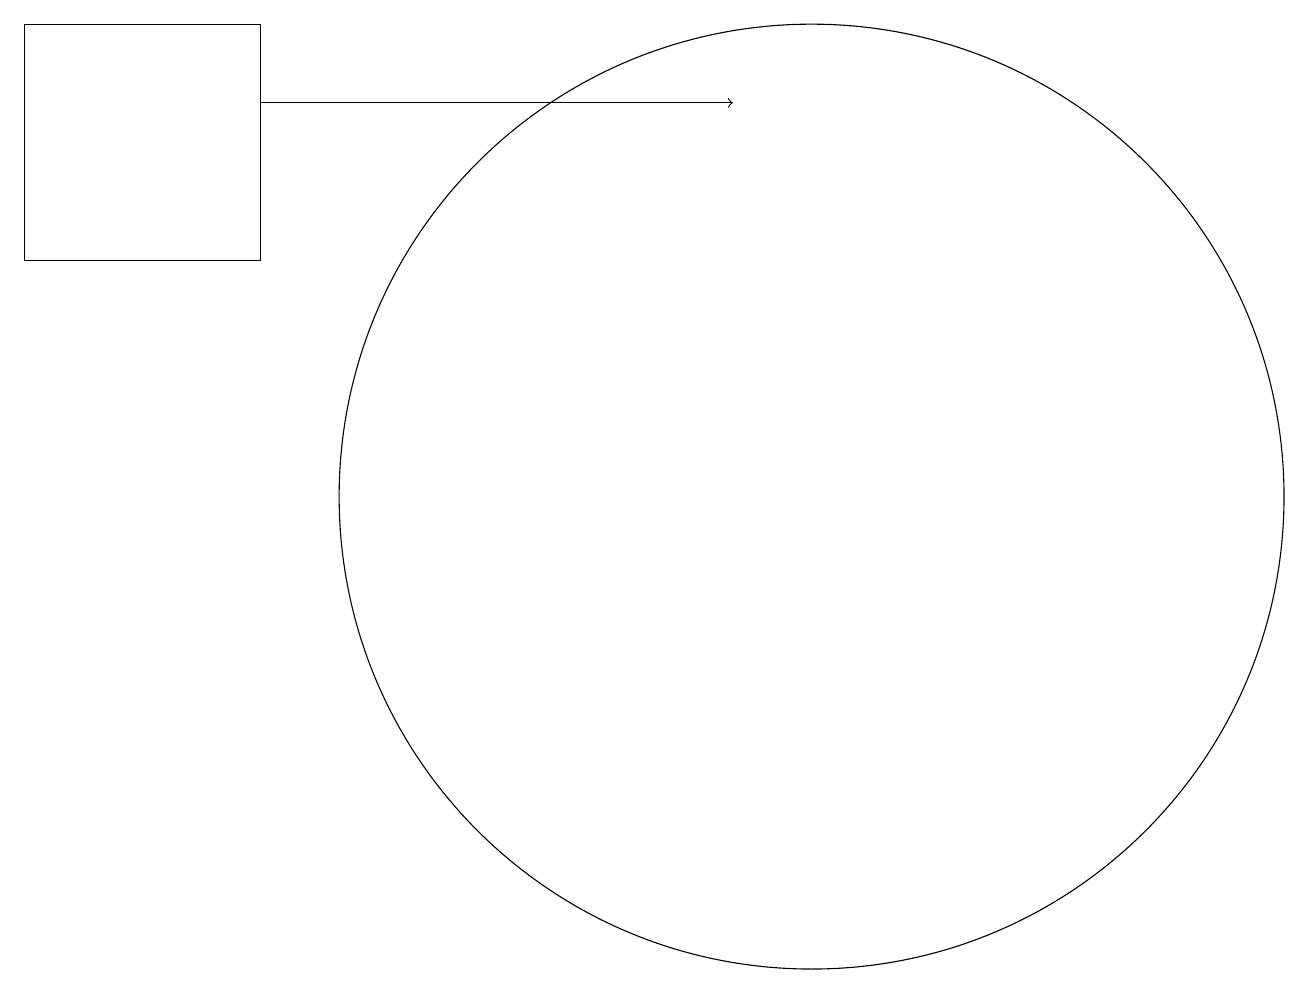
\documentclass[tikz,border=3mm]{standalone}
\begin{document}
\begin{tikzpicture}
\draw (10,10) circle (6);
\draw (3,13) rectangle (0,16);
\draw[->] (3,15) -- (9,15);
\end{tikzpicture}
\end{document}